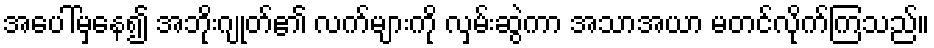
အပေါ်မှနေ၍ အဘိုးဂျုတ်၏ လက်များကို လှမ်းဆွဲကာ အသာအယာ မတင်လိုက်ကြသည်။